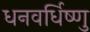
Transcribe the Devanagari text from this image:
धनवर्धिष्णु